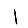
Digit: 1